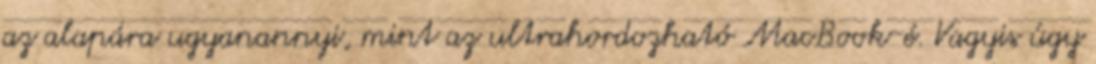
az alapára ugyanannyi, mint az ultrahordozható MacBook-é. Vagyis úgy